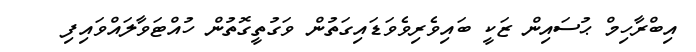
އިބްރާހިމް ޙުސައިން ޒަކީ ބައިވެރިވެވަޑައިގަތުން ވަގުތީގޮތުން ހުއްޓަވާލައްވައިފި